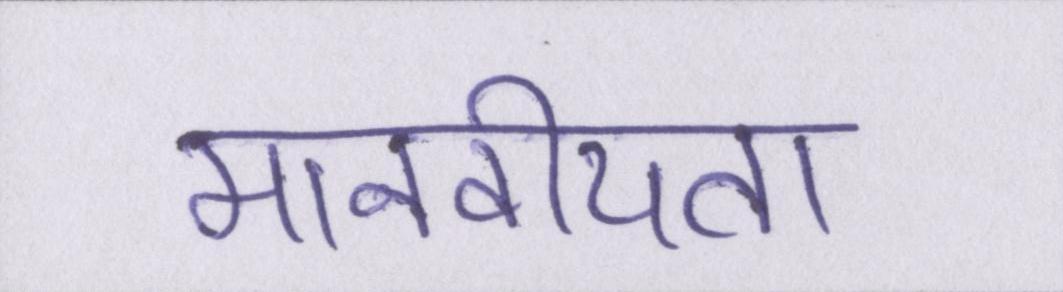
मानवीयता